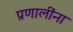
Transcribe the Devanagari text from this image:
प्रणालींना